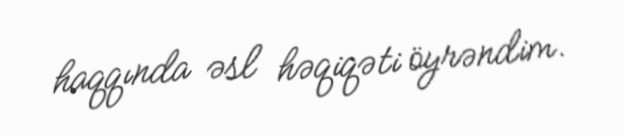
haqqında əsl həqiqəti öyrəndim.